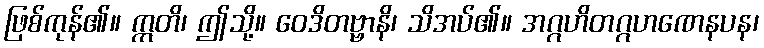
ဖြစ်ကုန်၏။ ဣတိ၊ ဤသို့။ ဝေဒိတဗ္ဗာနိ၊ သိအပ်၏။ အဂ္ဂဟိတဂ္ဂဟဏေနပန၊